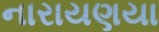
નારાયણયા